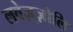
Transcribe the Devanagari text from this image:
लवेज़्ज़ोलि